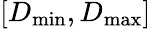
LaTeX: [D_{\mathrm{min}},D_{\mathrm{max}}]